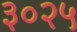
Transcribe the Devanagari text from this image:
३०२५